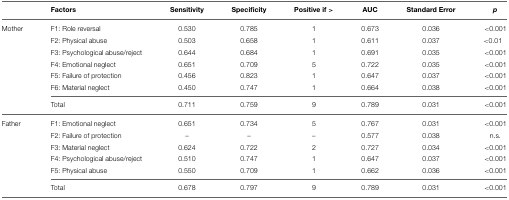
<table><thead><tr><td></td><td><b>Factors</b></td><td><b>Sensitivity</b></td><td><b>Specificity</b></td><td><b>Positive if &gt;</b></td><td><b>AUC</b></td><td><b>Standard Error</b></td><td><b><i>p</i></b></td></tr></thead><tbody><tr><td>Mother</td><td>F1: Role reversal</td><td>0.530</td><td>0.785</td><td>1</td><td>0.673</td><td>0.036</td><td>&lt;0.001</td></tr><tr><td></td><td>F2: Physical abuse</td><td>0.503</td><td>0.658</td><td>1</td><td>0.611</td><td>0.037</td><td>&lt;0.01</td></tr><tr><td></td><td>F3: Psychological abuse/reject</td><td>0.644</td><td>0.684</td><td>1</td><td>0.691</td><td>0.035</td><td>&lt;0.001</td></tr><tr><td></td><td>F4: Emotional neglect</td><td>0.651</td><td>0.709</td><td>5</td><td>0.722</td><td>0.035</td><td>&lt;0.001</td></tr><tr><td></td><td>F5: Failure of protection</td><td>0.456</td><td>0.823</td><td>1</td><td>0.647</td><td>0.037</td><td>&lt;0.001</td></tr><tr><td></td><td>F6: Material neglect</td><td>0.450</td><td>0.747</td><td>1</td><td>0.664</td><td>0.038</td><td>&lt;0.001</td></tr><tr><td></td><td>Total</td><td>0.711</td><td>0.759</td><td>9</td><td>0.789</td><td>0.031</td><td>&lt;0.001</td></tr><tr><td>Father</td><td>F1: Emotional neglect</td><td>0.651</td><td>0.734</td><td>5</td><td>0.767</td><td>0.031</td><td>&lt;0.001</td></tr><tr><td></td><td>F2: Failure of protection</td><td>–</td><td>–</td><td>–</td><td>0.577</td><td>0.038</td><td>n.s.</td></tr><tr><td></td><td>F3: Material neglect</td><td>0.624</td><td>0.722</td><td>2</td><td>0.727</td><td>0.034</td><td>&lt;0.001</td></tr><tr><td></td><td>F4: Psychological abuse/reject</td><td>0.510</td><td>0.747</td><td>1</td><td>0.647</td><td>0.037</td><td>&lt;0.001</td></tr><tr><td></td><td>F5: Physical abuse</td><td>0.550</td><td>0.709</td><td>1</td><td>0.662</td><td>0.036</td><td>&lt;0.001</td></tr><tr><td></td><td>Total</td><td>0.678</td><td>0.797</td><td>9</td><td>0.789</td><td>0.031</td><td>&lt;0.001</td></tr></tbody></table>